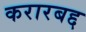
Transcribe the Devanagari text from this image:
करारबद्द